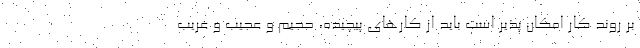
بر روند کار امکان پذیر است باید از کارهای پیچیده، حجیم و عجیب و غریب